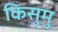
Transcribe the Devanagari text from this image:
किसुमु